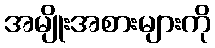
အမျိုးအစားများကို